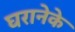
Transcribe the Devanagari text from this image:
घरानेके